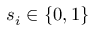
s _ { i } \in \{ 0 , 1 \}